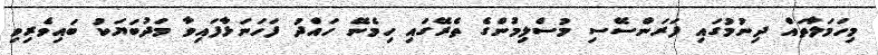
މިހަމަލާތައް ދިނުމުގައި ފަރަންސޭސި މުސްލިމުންގެ ތެރޭގައި ހިމެނޭ ހައްދު ފަހަނަޅާފައިވާ މަދުބަޔަކު ބައިވެރިވި